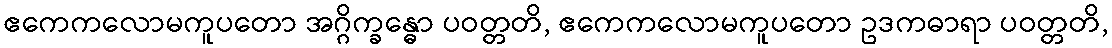
ဧကေကလောမကူပတော အဂ္ဂိက္ခန္ဓော ပဝတ္တတိ, ဧကေကလောမကူပတော ဥဒကဓာရာ ပဝတ္တတိ,